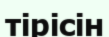
тірісін